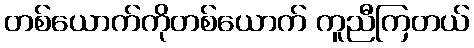
တစ်ယောက်ကိုတစ်ယောက် ကူညီကြတယ်